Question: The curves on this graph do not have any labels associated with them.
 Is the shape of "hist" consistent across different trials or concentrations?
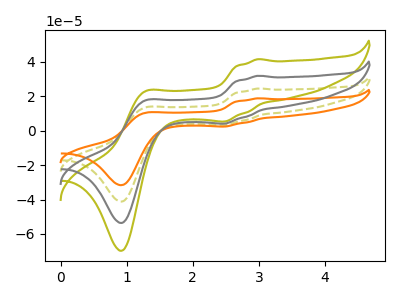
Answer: <think>The olive dashed curve "olive dashed" has anodic peaks at (3.00V, 63.90uA) (1.25V, 34.90uA) and cathodic peaks at (2.50V, 8.20uA) (0.90V, -107.20uA). The olive curve "olive" has anodic peaks at (3.00V, 41.55uA) (1.25V, 22.70uA) and cathodic peaks at (2.50V, 5.35uA) (0.90V, -69.75uA). The orange curve "orange" has anodic peaks at (3.00V, 95.80uA) (1.25V, 52.35uA) and cathodic peaks at (2.50V, 12.35uA) (0.90V, -160.85uA). The gray curve "gray" has anodic peaks at (3.00V, 31.95uA) (1.25V, 17.45uA) and cathodic peaks at (2.50V, 4.10uA) (0.90V, -53.60uA).
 All the peaks in "olive dashed" have a peak in "olive" at the same potential. All the peaks in "olive dashed" have a peak in "orange" at the same potential. All the peaks in "olive dashed" have a peak in "gray" at the same potential. All the peaks in "olive" have a peak in "orange" at the same potential. All the peaks in "olive" have a peak in "gray" at the same potential. All the peaks in "orange" have a peak in "gray" at the same potential.</think>
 <answer>All the CV's of "hist" have similar shape.</answer>
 <eval>follow_rule</eval>